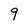
Character: 9